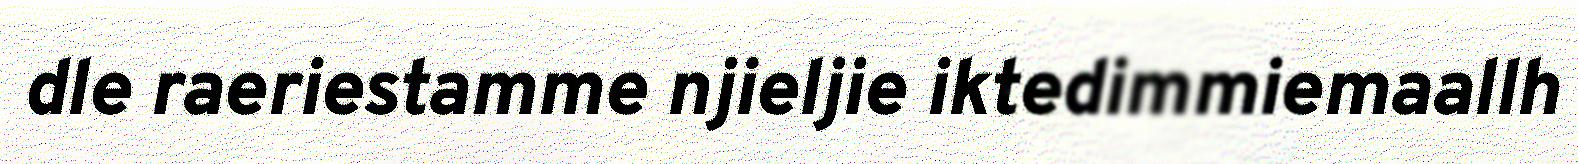
dle raeriestamme njieljie iktedimmiemaallh